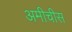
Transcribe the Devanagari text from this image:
अमीचीस